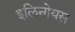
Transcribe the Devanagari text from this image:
इलिनोयस